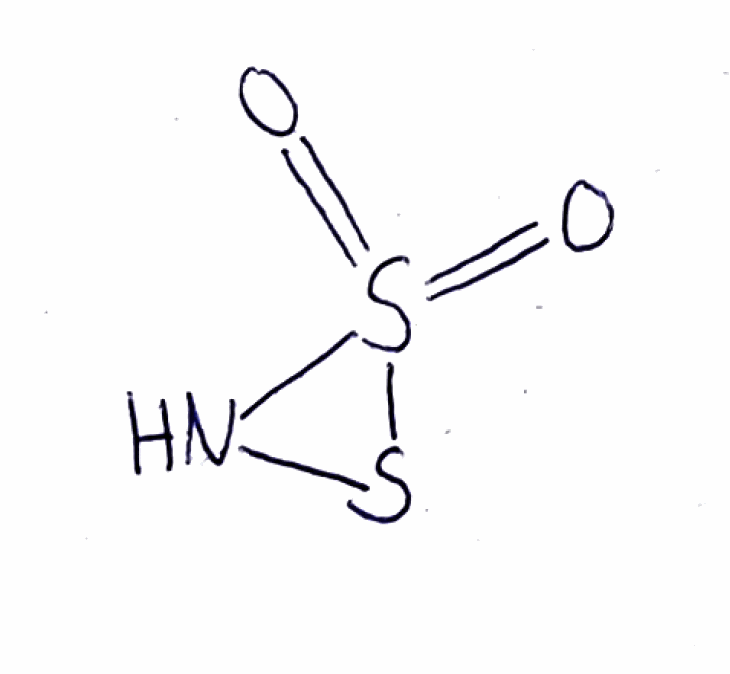
Simplified molecular-input line-entry system (SMILES) notation of the given molecule:
N1SS1(=O)=O